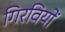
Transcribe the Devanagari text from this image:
गिरवियों